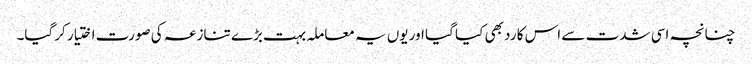
چنانچہ اسی شدت سے اس کا رد بھی کیا گیا اور یوں یہ معاملہ بہت بڑے تنازعہ کی صورت اختیار کرگیا۔